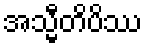
အသ္မီတိပိဿ